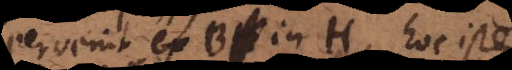
pervenit ex B in H, hoc iste